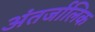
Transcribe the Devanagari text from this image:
अंतर्जालिक